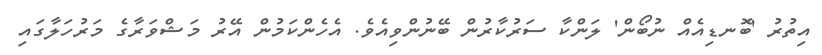
އިތުރު 'ބޮނޑިއެއް ނުބޯން' ލަންކާ ސަރުކާރުން ބޭނުންވިއެވެ. އެހެންކަމުން އޭރު މަޝްވަރާގެ މަރުހަލާގައި